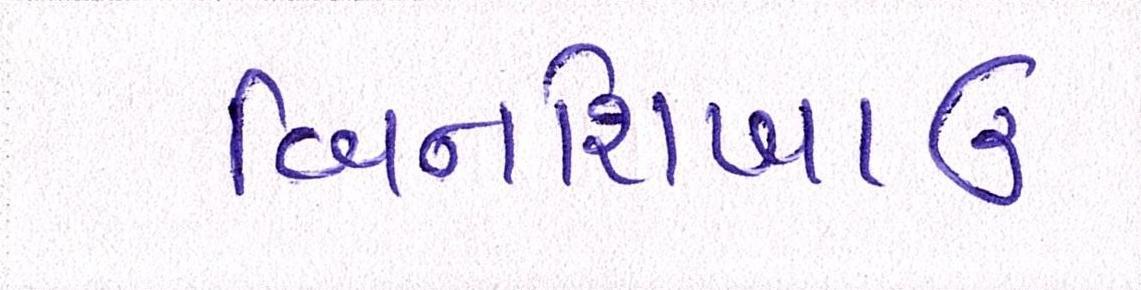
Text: બિનશિખાઉ